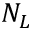
N _ { L }